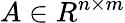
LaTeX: A\in R^{n\times m}